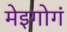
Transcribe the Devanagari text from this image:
मेइगोगं